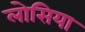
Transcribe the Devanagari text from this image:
लोसिया